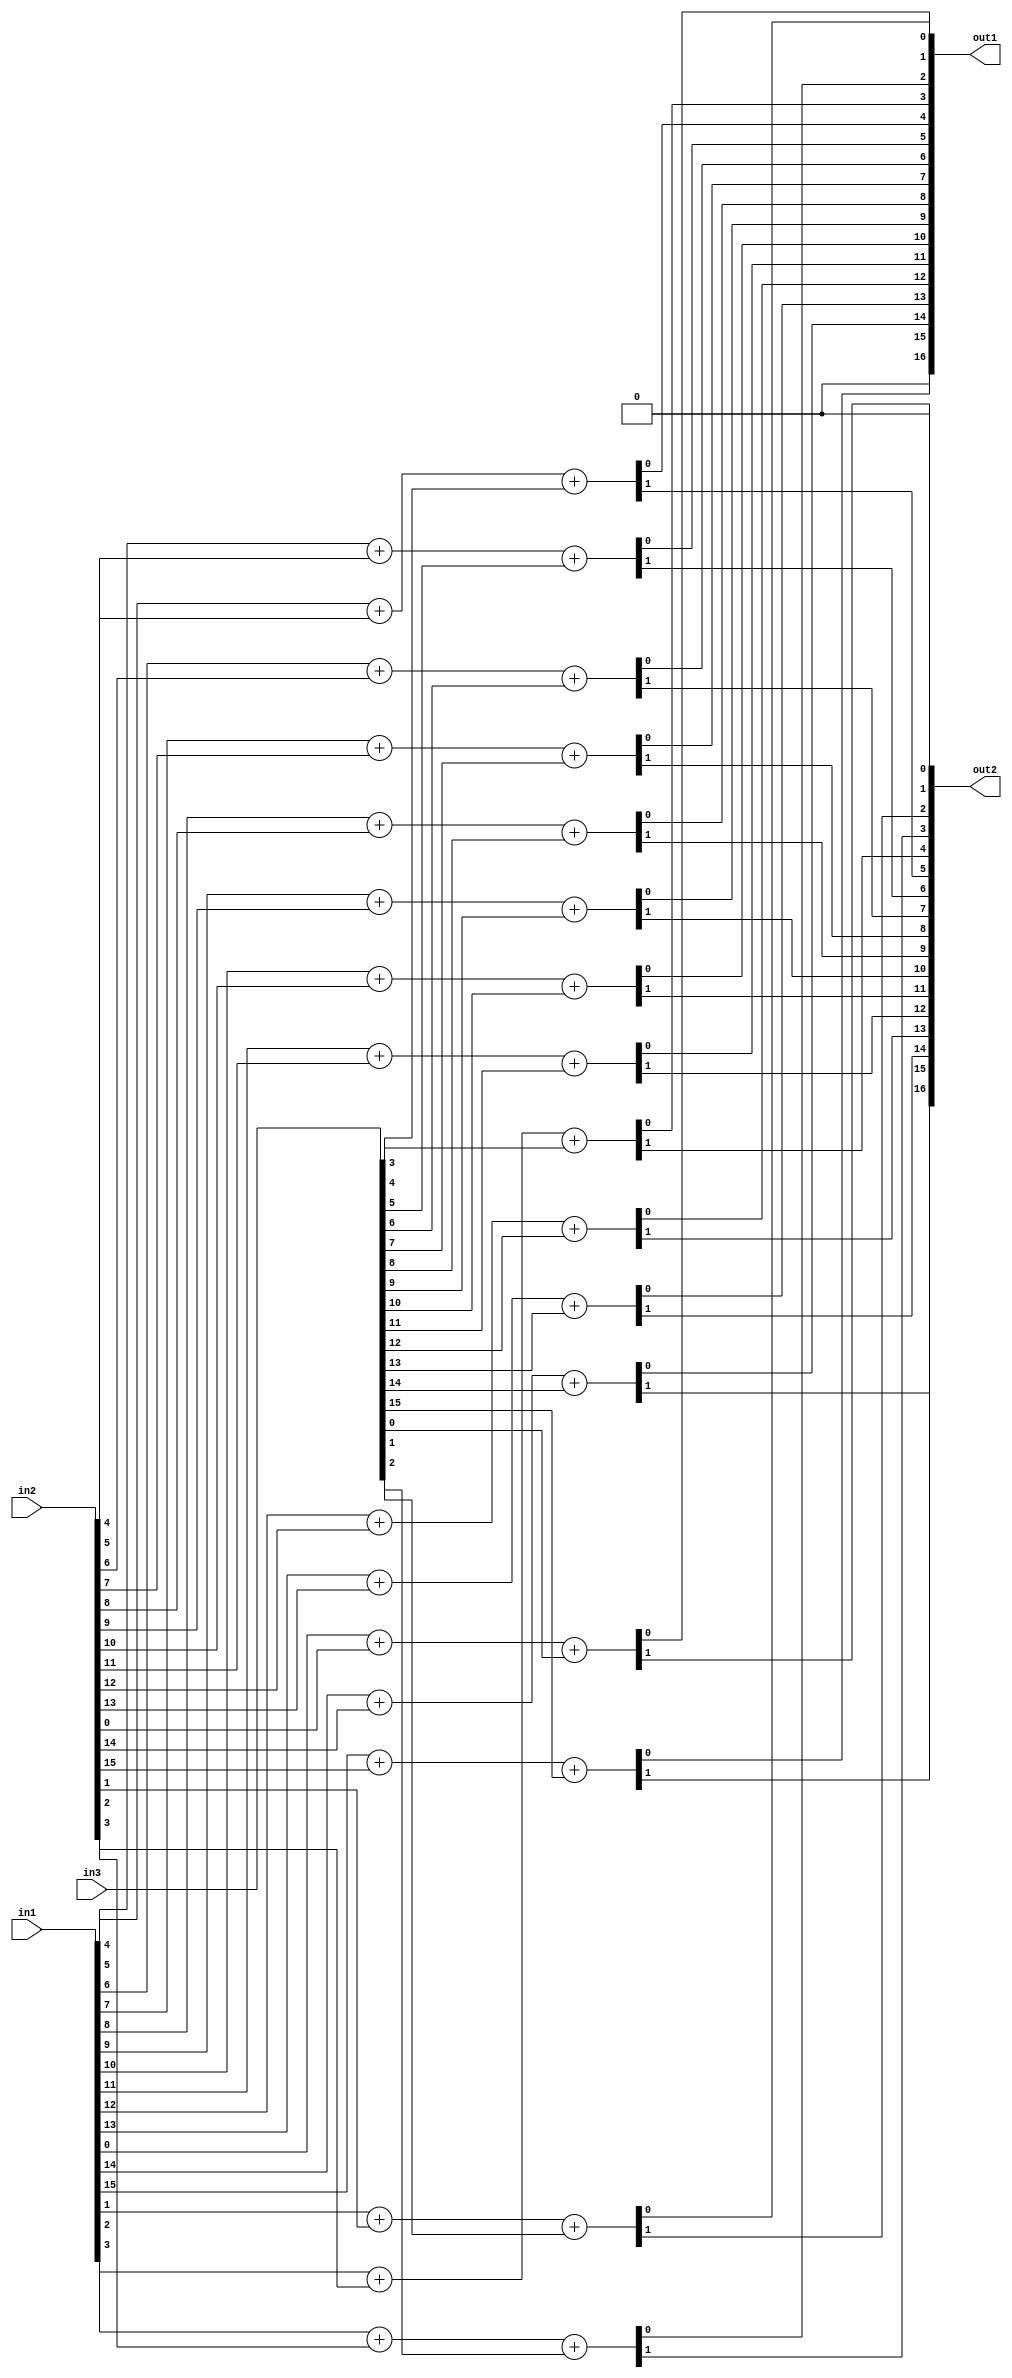
module compressor32(in1, in2, in3, out1, out2);
   parameter NN=16;

   input [NN-1:0] in1, in2, in3;
   output reg [NN:0] out1, out2;

   integer ii;
   always @* begin
      out2[0] = 1'b0;
      for(ii=0; ii<NN; ii=ii+1) begin
         {out2[ii+1], out1[ii]} = in1[ii] +in2[ii] +in3[ii];
      end
      //out1[NN-1] = in1[NN-1] +in2[NN-1] +in3[NN-1];
      out1[NN] = 1'b0;
   end
endmodule


module compressor42(in1, in2, in3, in4, out1, out2);
   parameter NN=16;

   input [NN-1:0] in1, in2, in3, in4;
   output [NN:0] out1, out2;
   wire [NN-1:0] l1, l2;

   compressor32 #(NN) comp1 (in1, in2, in3, {nc1, l1}, {nc2,l2});
   compressor32 #(NN) comp2 (l1, l2, in4, out1, out2);
endmodule